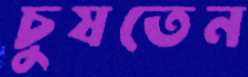
চুষতেন